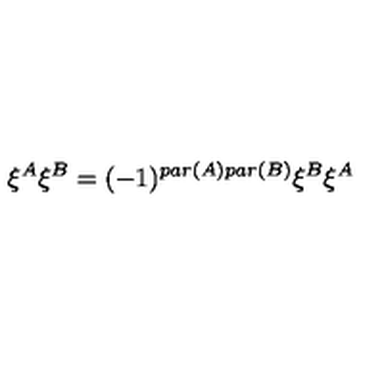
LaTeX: \xi ^ { A } \xi ^ { B } = ( - 1 ) ^ { p a r ( A ) p a r ( B ) } \xi ^ { B } \xi ^ { A }